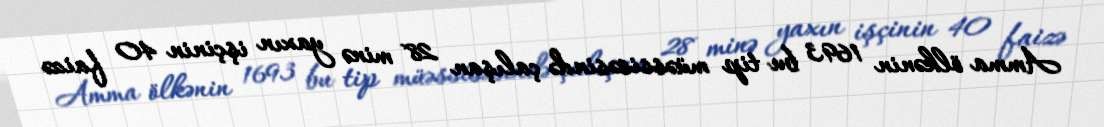
Amma ölkənin 1693 bu tip müəssisəsində çalışan 28 minə yaxın işçinin 40 faizə